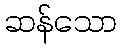
ဆန်သော